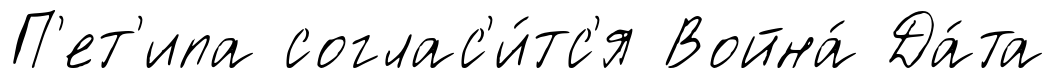
П'ет'ипа соглас'и́тс'я Война́ Да́та